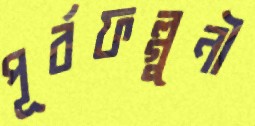
পূর্বফল্গুনী